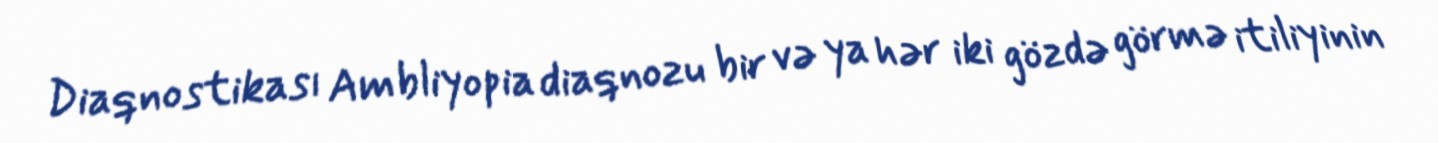
Diaqnostikası Ambliyopia diaqnozu bir və ya hər iki gözdə görmə itiliyinin